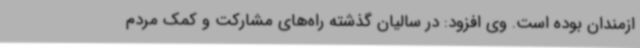
ازمندان بوده است. وی افزود: در سالیان گذشته راه‌های مشارکت و کمک مردم